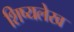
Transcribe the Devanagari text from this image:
शिष्यलेख